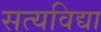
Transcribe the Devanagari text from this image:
सत्यविद्या